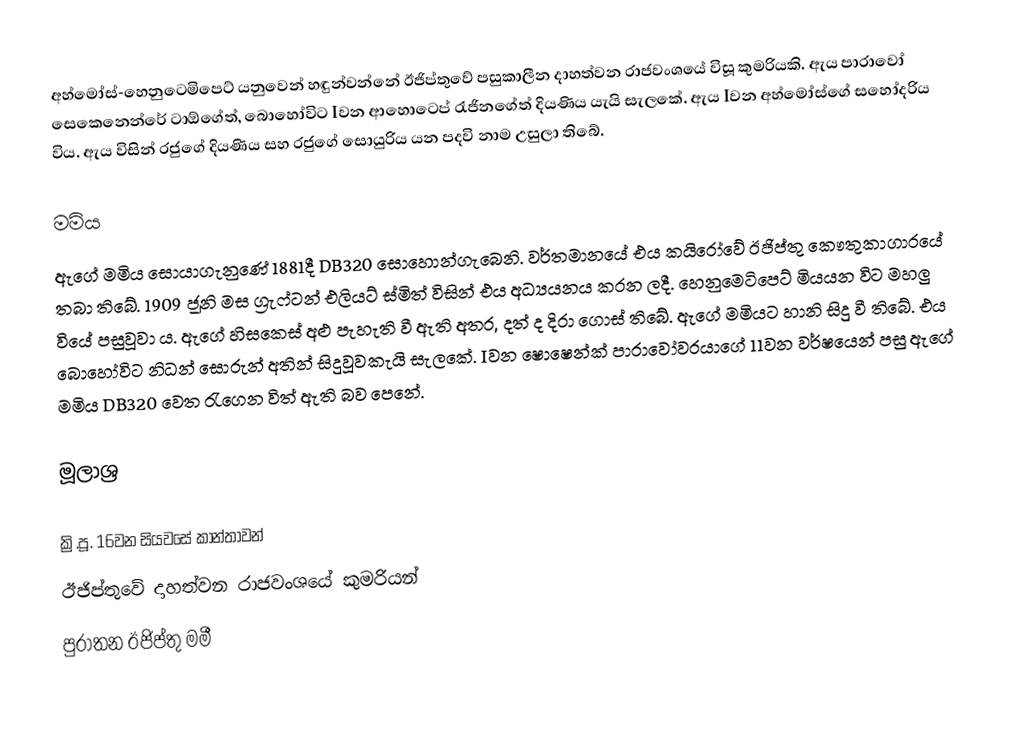
අහ්මෝස්-හෙනුටෙමිපෙට් යනුවෙන් හඳුන්වන්නේ ඊජිප්තුවේ පසුකාලීන දාහත්වන රාජවංශයේ විසූ කුමරියකි. ඇය පාරාවෝ සෙකෙනෙන්රේ ටාඕගේත්, බොහෝවිට Iවන ආහොටෙප් රැජිනගේත් දියණිය යැයි සැලකේ. ඇය Iවන අහ්මෝස්ගේ සහෝදරිය විය. ඇය විසින් රජුගේ දියණිය සහ රජුගේ සොයුරිය යන පදවි නාම උසුලා තිබේ.

මමිය
ඇගේ මමිය සොයාගැනුණේ 1881දී DB320 සොහොන්ගැබෙනි. වර්තමානයේ එය කයිරෝවේ ඊජිප්තු කෞතුකාගාරයේ තබා තිබේ. 1909 ජූනි මස ග්‍රැෆ්ටන් එලියට් ස්මිත් විසින් එය අධ්‍යයනය කරන ලදී. හෙනුමෙටිපෙට් මියයන විට මහලු වියේ පසුවූවා ය. ඇගේ හිසකෙස් අළු පැහැති වී ඇති අතර, දත් ද දිරා ගොස් තිබේ. ඇගේ මමියට හානි සිදු වී තිබේ. එය බොහෝවිට නිධන් සොරුන් අතින් සිදුවූවකැයි සැලකේ. Iවන ෂොෂෙන්ක් පාරාවෝවරයාගේ 11වන වර්ෂයෙන් පසු ඇගේ මමිය DB320 වෙත රැගෙන විත් ඇති බව පෙනේ.

මූලාශ්‍ර

ක්‍රි.පූ. 16වන සියවසේ කාන්තාවන්
ඊජිප්තුවේ දාහත්වන රාජවංශයේ කුමරියන්
පුරාතන ඊජිප්තු මමී